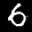
Label: 6